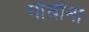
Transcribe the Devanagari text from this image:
गाँधीना